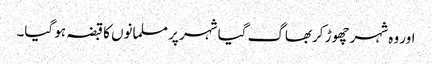
اور وہ شہر چھوڑ کربھاگ گیا شہر پر مسلمانوں کا قبضہ ہو گیا۔